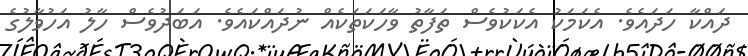
ދައްކާ ހަދައެވެ. އެކަމަކު އެކަކުވެސް ތަފާތު ވާހަކަތަކެއް ނުދައްކައެވެ. އަބަދުވެސް ހާލު އަހުވާލުގެ